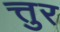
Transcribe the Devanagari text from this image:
त्तुर